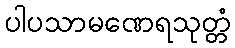
ပါပသာမဏေရသုတ္တံ